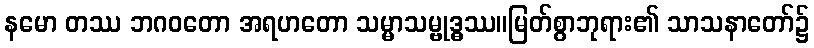
နမော တဿ ဘဂဝတော အရဟတော သမ္မာသမ္ဗုဒ္ဓဿ။မြတ်စွာဘုရား၏ သာသနာတော်၌